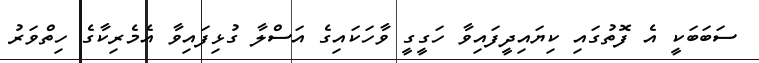
ސަބަބަކީ އެ ފޮތުގައި ކިޔައިދީފައިވާ ހަގީގީ ވާހަކައިގެ އަސްލާ ގުޅިފައިވާ އެމެރިކާގެ ހިތްވަރު